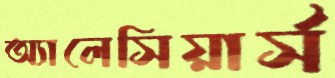
অ্যালেসিয়ার্স